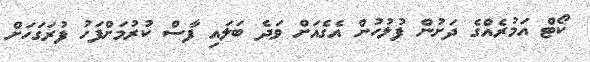
ކޯޓް އަމުރެއްގެ ދަށުން ފުލުހުން އެގެއަށް ވަދެ ބަލައި ފާސް ކުރުމަށްފަހު ފުރަގަހަށް